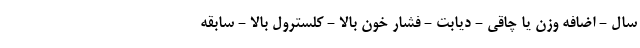
سال - اضافه وزن یا چاقی - دیابت - فشار خون بالا - کلسترول بالا - سابقه